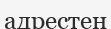
адрестен